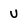
Character: v